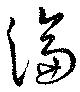
淪